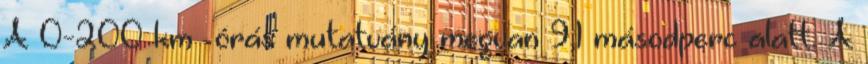
A 0-200 km órás mutatvány megvan 9,1 másodperc alatt. A